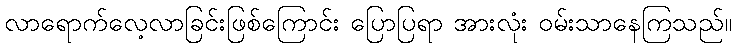
လာရောက်လေ့လာခြင်းဖြစ်ကြောင်း ပြောပြရာ အားလုံး ဝမ်းသာနေကြသည်။